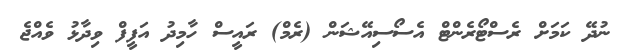
ނުދޭ ކަމަށް ރެސްޓޯރެންޓް އެސޯސިއޭޝަން (ރެމް) ރައީސްް ހާމިދު އަފީފް ވިދާޅު ވެއްޖެ